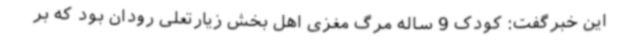
این خبرگفت: کودک 9 ساله مرگ مغزی اهل بخش زیارتعلی رودان بود که بر